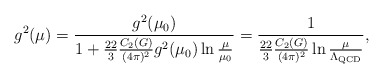
\begin{align*}g^2(\mu) = {g^2(\mu_0) \over 1+ {22 \over 3}{C_2(G) \over (4\pi)^2}g^2(\mu_0) \ln {\mu \over \mu_0}} = {1 \over {22 \over 3}{C_2(G) \over (4\pi)^2} \ln {\mu \over \Lambda_{\rm QCD}}} ,\end{align*}